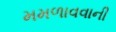
મમળાવવાની